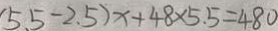
5 . 5 - 2 . 5 ) x + 4 8 \times 5 . 5 = 4 8 0